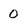
Character: 0